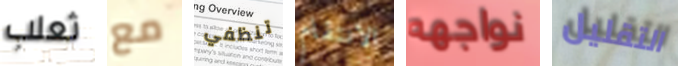
ثعلب مع تنظفي الانتقام نواجهه التقليل